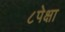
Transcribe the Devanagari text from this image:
८पेक्षा